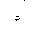
Letter: _dal